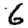
Digit: 6